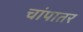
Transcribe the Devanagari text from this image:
चांपातर